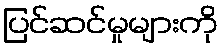
ပြင်ဆင်မှုများကို